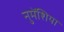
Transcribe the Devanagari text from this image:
नुमेंशिया